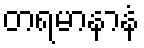
တရမာနာနံ